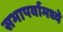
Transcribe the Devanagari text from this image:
सभापर्वामध्ये